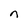
Character: n